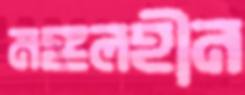
মঙ্গলহীন